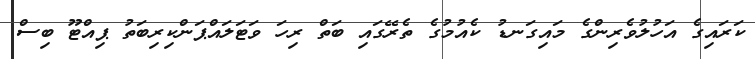
ކަރައިގެ އަހުލުވެރިންގެ މައިގަނޑު ކެއުމުގެ ތެރޭގައި ބަތް ރިހަ ވަޓަލައްޕަންކިރިބަތު ޕިއްޓޫ ބިސް